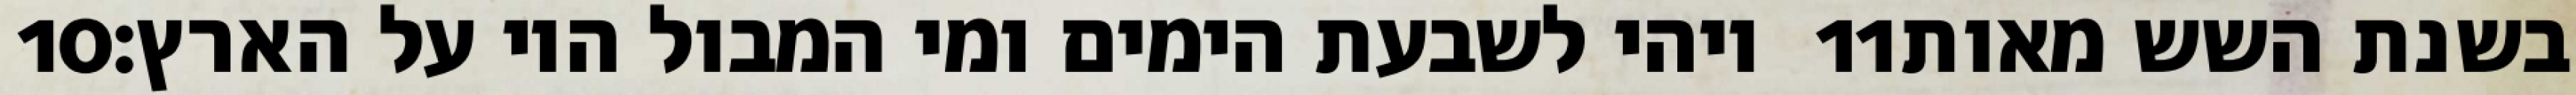
‎10‏ ויהי לשבעת הימים ומי המבול היו על הארץ׃ ‎11‏ בשנת השש מאות